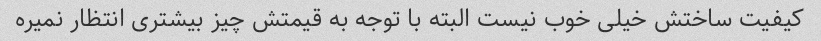
کیفیت ساختش خیلی خوب نیست البته با توجه به قیمتش چیز بیشتری انتظار نمیره